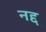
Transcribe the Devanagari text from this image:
नद्द